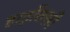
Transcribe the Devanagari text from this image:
हाड्रॉक्सी